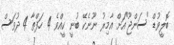
ބޮލީވުޑް "ސަންޖޫ"އަށް އާމިރު ނޫނެކޭ ބުނީ ކީއްވެ 4 ހަފްތާ 4 ދުވަސް